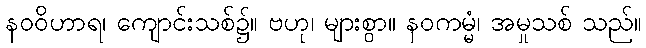
နဝဝိဟာရ၊ ကျောင်းသစ်၌။ ဗဟု၊ များစွာ။ နဝကမ္မံ၊ အမှုသစ် သည်။